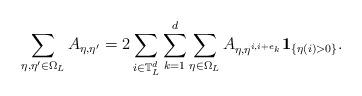
LaTeX: \begin{align*} \sum_{\eta,\eta'\in\Omega_L}A_{\eta,\eta'}=2 \sum_{i\in\mathbb T_L^d}\sum_{k=1}^d\sum_{\eta\in\Omega_L} A_{\eta,\eta^{i,i+e_k}} \mathbf 1_{\{\eta(i)>0\}}. \end{align*}